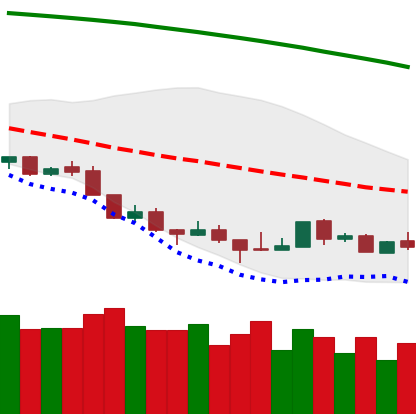
Ticker: LTC-USD
Chart end date: 2018-08-22
Forward return: 8.914%
Label: up_7plus